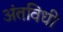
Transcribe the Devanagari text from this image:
अंतविधी